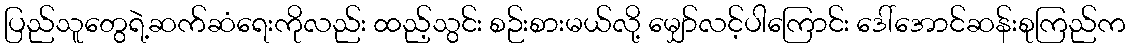
ပြည်သူတွေရဲ့ဆက်ဆံရေးကိုလည်း ထည့်သွင်း စဉ်းစားမယ်လို့ မျှော်လင့်ပါကြောင်း ဒေါ်အောင်ဆန်းစုကြည်က